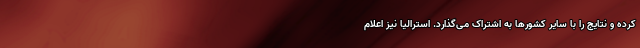
کرده و نتایج را با سایر کشورها به اشتراک می‌گذارد. استرالیا نیز اعلام